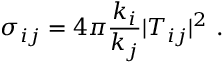
\sigma _ { i j } = 4 \pi { \frac { k _ { i } } { k _ { j } } } | T _ { i j } | ^ { 2 } \, \, .